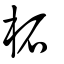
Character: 柘